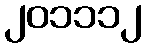
၂၀၁၁၁၂